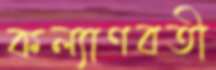
কল্যাণবতী